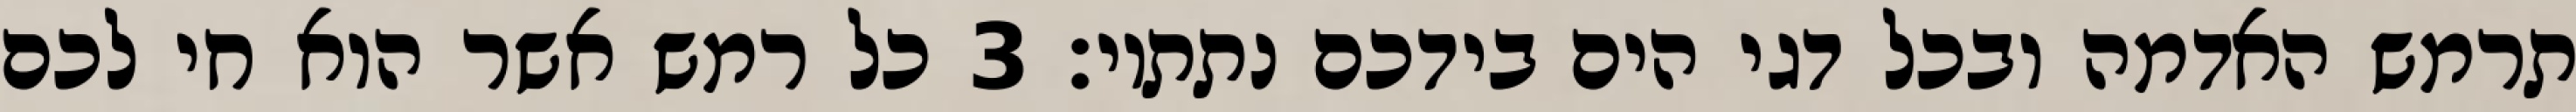
תרמש האדמה ובכל דגי הים בידכם נתתיו׃ ‎3‏ כל רמש אשר הוא חי לכם